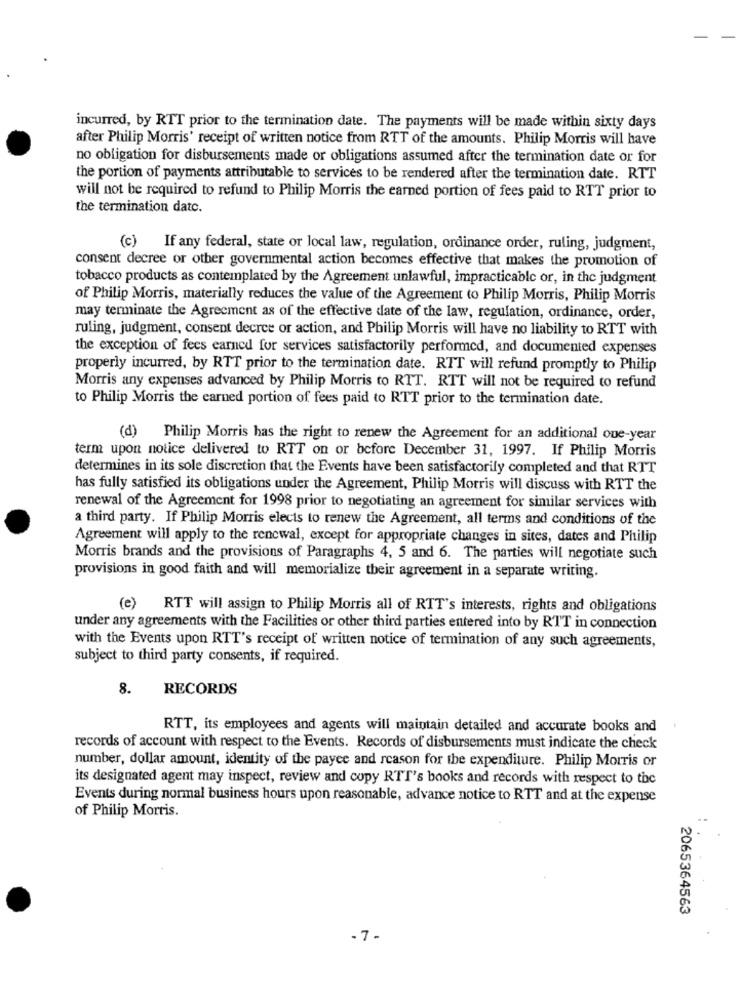
incurred, by RTT prior to the termination date. The payments will be made within sixty days
after Philip Morris' receipt of written notice from RTT of the amounts. Philip Morris will have
no obligation for disbursements made or obligations assumed after the termination date or for
the portion of payments attributable to services to be rendered after the termination date. RTT
will not be required to refund to Philip Morris the earned portion of fees paid to RTT prior to
the termination datc.
(c) If any federal, state or local law, regulation, ordinance order, ruling, judgment,
consent decree or other governmental action becomes effective that makes the promotion of
tobacco products as contemplated by the Agreement unlawful, impracticable or, in the judgment
of Philip Morris, materially reduces the value of the Agreement to Philip Morris, Philip Morris
may terminate the Agreement as of the effective date of the law, regulation, ordinance, order,
ruling, judgment, consent decree or action, and Philip Morris will have no liability to RTT with
the exception of fees earned for services satisfactorily performed, and documented expenses
properly incurred, by RTT prior to the termination date. RTT will refund promptly to Philip
Morris any expenses advanced by Philip Morris to RTT. RTT will not be required to refund
to Philip Morris the earned portion of fees paid to RTT prior to the termination date.
(d) Philip Morris has the right to renew the Agreement for an additional oue-year
term upon notice delivered to RTT on or before December 31, 1997. If Philip Morris
determines in its sole discretion that the Events have been satisfactorily completed and that RTT
has fully satisfied its obligations under the Agreement, Philip Morris will discuss with RTT the
renewal of the Agreement for 1998 prior to negotiating an agreement for similar services with
a third party. If Philip Morris elects to renew the Agreement, all terms and conditions of the
Agreement will apply to the renewal, except for appropriate changes in sites, dates and Philip
Morris brands and the provisions of Paragraphs 4, 5 and 6. The parties will negotiate such
provisions in good faith and will memorialize their agreement in a separate writing.
(e) RTT will assign to Philip Morris all of RTT's interests, rights and obligations
under any agreements with the Facilities or other third parties entered into by RTT in connection
with the Events upon RTT's receipt of written notice of termination of any such agreements,
subject to third party consents, if required.
8.
RECORDS
RTT, its employees and agents will maintain detailed and accurate books and
records of account with respect to the Events. Records of disbursements must indicate the check
number, dollar amount, identity of the payee and reason for the expenditure. Philip Morris or
its designated agent may inspect, review and copy RTT's books and records with respect to the
Events during normal business hours upon reasonable, advance notice to RTT and at the expense
of Philip Morris.
2065364563
-7-